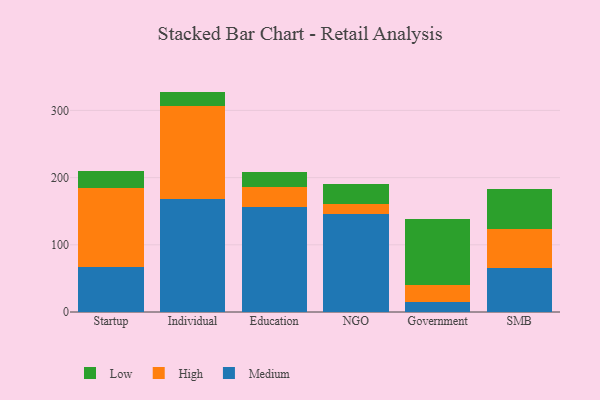
{"axis": {"x": "Segment", "y": "Humidity (%)"}, "legend": ["High", "Low", "Medium"], "data": [{"x": "Startup", "y": 67.1, "type": "Medium"}, {"x": "Startup", "y": 117.4, "type": "High"}, {"x": "Startup", "y": 24.9, "type": "Low"}, {"x": "Individual", "y": 168.7, "type": "Medium"}, {"x": "Individual", "y": 137.3, "type": "High"}, {"x": "Individual", "y": 22.0, "type": "Low"}, {"x": "Education", "y": 156.8, "type": "Medium"}, {"x": "Education", "y": 29.0, "type": "High"}, {"x": "Education", "y": 22.4, "type": "Low"}, {"x": "NGO", "y": 146.0, "type": "Medium"}, {"x": "NGO", "y": 14.0, "type": "High"}, {"x": "NGO", "y": 30.1, "type": "Low"}, {"x": "Government", "y": 14.6, "type": "Medium"}, {"x": "Government", "y": 25.6, "type": "High"}, {"x": "Government", "y": 97.8, "type": "Low"}, {"x": "SMB", "y": 65.1, "type": "Medium"}, {"x": "SMB", "y": 58.2, "type": "High"}, {"x": "SMB", "y": 59.6, "type": "Low"}]}